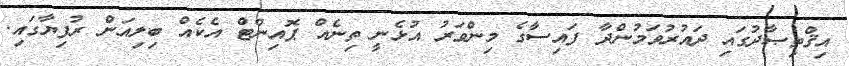
އިޤްތިޞާދުގައި ދައުރުވަމުންދާ ފައިސާގެ މިންވަރު އުޅެނީ ތިނެއް ޕޮއިންޓް އެކެއް ބިލިއަން ރުފިޔާގައި.